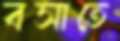
বসাতে